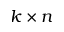
k \times n